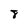
Character: 8